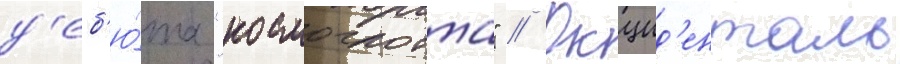
д'еб'ю́та "космоглотта" // Окцид'енталь